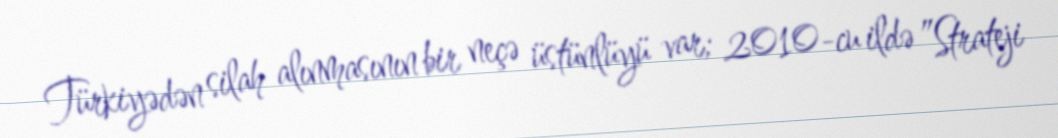
Türkiyədən silah alınmasının bir neçə üstünlüyü var; 2010-cu ildə ”Strateji